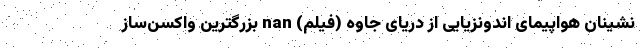
نشینان هواپیمای اندونزیایی از دریای جاوه (فیلم) nan بزرگترین واکسن‌ساز